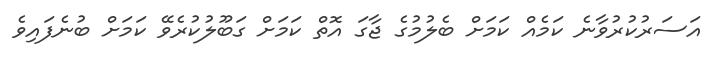
އަސަރުކުރުވާނެ ކަމެއް ކަމަށް ބެލުމުގެ ޖާގަ އޮތް ކަމަށް ގަބޫލުކުރެވޭ ކަމަށް ބުނެފައިވެ